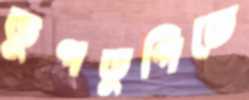
ডুগডুগিতে